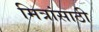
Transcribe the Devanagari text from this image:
मित्रांसाठी